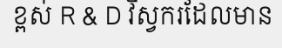
ខ្ពស់ R & D វិស្វករដែលមាន